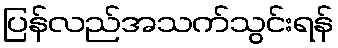
ပြန်လည်အသက်သွင်းရန်